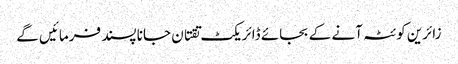
زائرین کوئٹہ آنے کے بجائے ڈائریکٹ تقتان جانا پسند فرمائیں گے